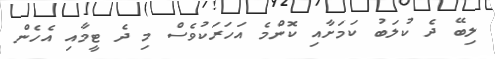
ލިބޭ ދެ ކުލަބު ކަމަށާއި ކޮންމެ އަހަރަކުވެސް މި ދެ ޓީމާއި އެހެން